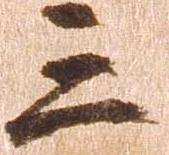
三